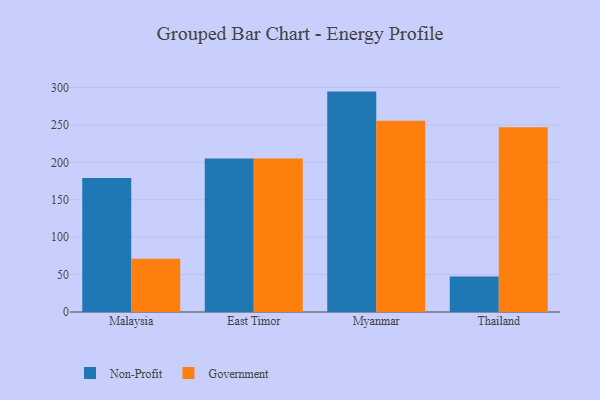
{"axis": {"x": "Country", "y": "Tickets Resolved"}, "legend": ["Government", "Non-Profit"], "data": [{"x": "Malaysia", "y": 179.1, "type": "Non-Profit"}, {"x": "Malaysia", "y": 71.0, "type": "Government"}, {"x": "East Timor", "y": 205.1, "type": "Non-Profit"}, {"x": "East Timor", "y": 205.0, "type": "Government"}, {"x": "Myanmar", "y": 294.5, "type": "Non-Profit"}, {"x": "Myanmar", "y": 255.4, "type": "Government"}, {"x": "Thailand", "y": 47.4, "type": "Non-Profit"}, {"x": "Thailand", "y": 247.0, "type": "Government"}]}